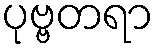
ပုဗ္ဗတရာ